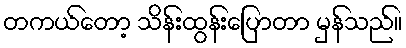
တကယ်တော့ သိန်းထွန်းပြောတာ မှန်သည်။